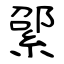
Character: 綤